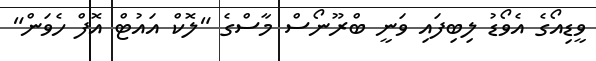
ވީޑިއޯގެ އެވޯޑު ލިބިފައި ވަނީ ބްރޫނޯސް މާސްގެ "ލޮކް އައުޓް އޮފް ހެވަން"